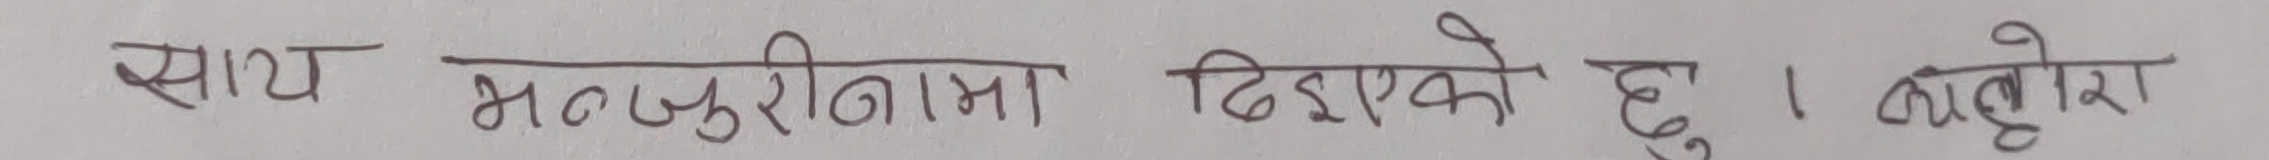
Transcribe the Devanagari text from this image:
साथ भन्छुरीनामा दिइएको छु। व्यहोरा